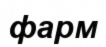
фарм